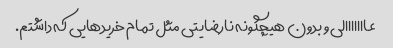
عااااااالی و بدون هیچگونه نارضایتی مثل تمام خریدهایی که داشتم.